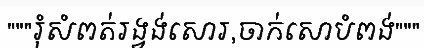
"""រុំសំពត់រង្វង់សោរ,ចាក់សោបំពង់"""